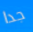
جدا